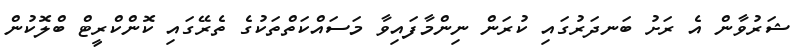
ޝަރުވާން އެ ރަށު ބަނދަރުގައި ކުރަން ނިންމާފައިވާ މަސައްކަތްތަކުގެ ތެރޭގައި ކޮންކްރީޓް ބްލޮކުން